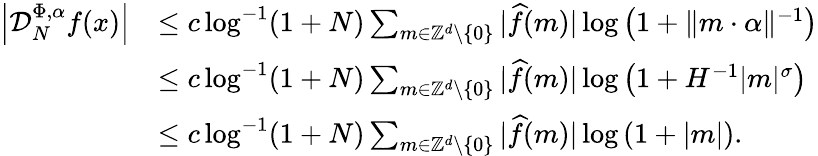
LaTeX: \begin{array}{rl}{\left|\mathcal D_{N}^{\Phi,\alpha}f(x)\right|}&{\leq c\log^{-1}(1+N)\sum_{m\in\mathbb{Z}^{d}\setminus\{ 0\} }|\widehat{f}(m)|\log\left(1+\Vert m\cdot\alpha\Vert^{-1}\right)}\\ &{\leq c\log^{-1}(1+N)\sum_{m\in\mathbb{Z}^{d}\setminus\{ 0\} }|\widehat{f}(m)|\log\left(1+H^{-1}|m|^{\sigma}\right)}\\ &{\leq c\log^{-1}(1+N)\sum_{m\in\mathbb{Z}^{d}\setminus\{ 0\} }|\widehat{f}(m)|\log\left(1+|m|\right).}\end{array}